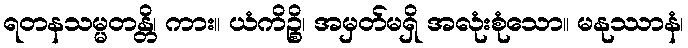
ရတနသမ္မတန္တိ၊ ကား။ ယံကိဉ္စိ၊ အမှတ်မရှိ အလုံးစုံသော။ မနုဿာနံ၊